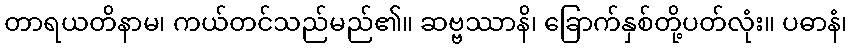
တာရယတိနာမ၊ ကယ်တင်သည်မည်၏။ ဆဗ္ဗဿာနိ၊ ခြောက်နှစ်တို့ပတ်လုံး။ ပဓာနံ၊